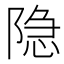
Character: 隐